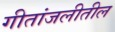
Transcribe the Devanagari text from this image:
गीतांजलीतील